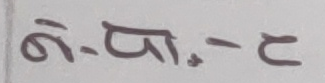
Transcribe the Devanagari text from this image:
ढि-पा.-२